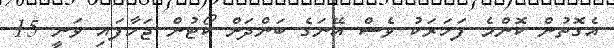
އެގޮތުން ކޮންމެ ފަހަރަކު ވެސް އޭނަގެ ބަންދަށް ކޯޓުން ޖަހާފައި ވަނީ 15